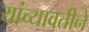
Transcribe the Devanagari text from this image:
यांच्यावतीने